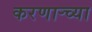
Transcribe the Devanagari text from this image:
करणार्‍च्या